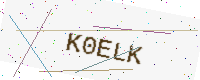
Text: K0ELK